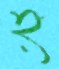
হ্